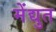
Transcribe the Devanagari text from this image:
मेंद्युत